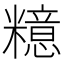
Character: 𱹤